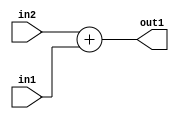
`timescale 1ps / 1ps
/*****************************************************************************
    Verilog RTL Description
    
    
    Created by: Stratus DpOpt 2019.1.01 
*******************************************************************************/

module st_feature_addr_gen_Add_8Ux1U_9U_4_0 (
	in2,
	in1,
	out1
	); /* architecture "behavioural" */ 
input [7:0] in2;
input  in1;
output [8:0] out1;
wire [8:0] asc001;

assign asc001 = 
	+(in2)
	+(in1);

assign out1 = asc001;
endmodule

/* CADENCE  ubDzSw4= : u9/ySgnWtBlWxVPRXgAZ4Og= ** DO NOT EDIT THIS LINE ******/